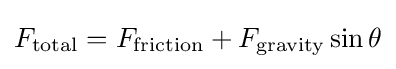
F_{\text{total}}=F_{\text{friction}}+F_{\text{gravity}}\sin \theta